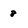
Character: 8